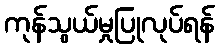
ကုန်သွယ်မှုပြုလုပ်ရန်